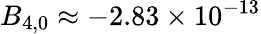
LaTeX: B_{4,0}\approx-2.83\times 10^{-13}